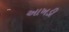
આખડી